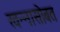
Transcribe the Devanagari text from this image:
खन्नासोबत